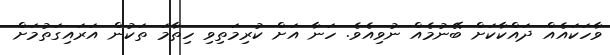
ވާހަކައެއް ދައްކާކަށް ބޭނުމެއް ނުވިއެވެ. ހަނާ އަށް ކުރިމަތިވި ހިތާމަ ތަކުން އަރައިގަތުމަށް